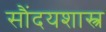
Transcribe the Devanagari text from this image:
सौंदयशास्त्र